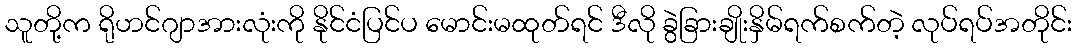
သူတို့က ရိုဟင်ဂျာအားလုံးကို နိုင်ငံပြင်ပ မောင်းမထုတ်ရင် ဒီလို ခွဲခြားချိုးနှိမ်ရက်စက်တဲ့ လုပ်ရပ်အတိုင်း